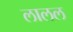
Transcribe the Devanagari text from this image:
लालल